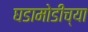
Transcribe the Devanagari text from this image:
घडामोडीच्या